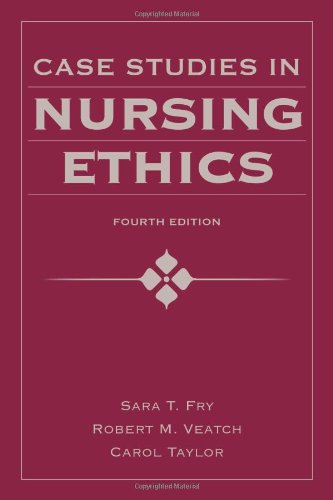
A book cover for Case Studies In Nursing Ethics (Fry, Case Studies in Nursing Ethics); Sara T. Fry; Law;